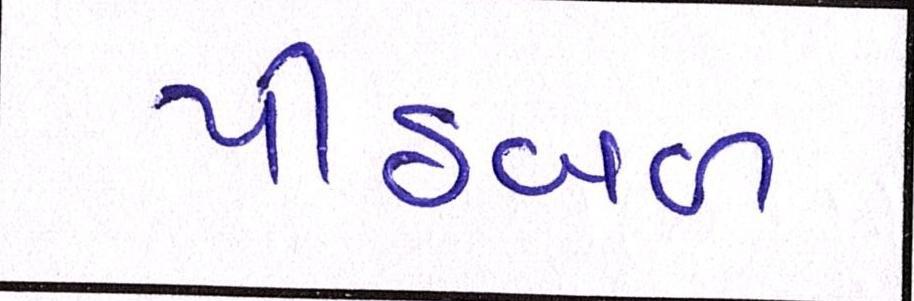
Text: પીઠબળ